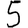
Digit: 5